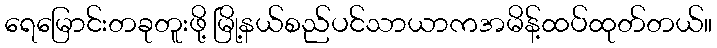
ရေမြောင်းတခုတူးဖို့ မြို့နယ်စည်ပင်သာယာကအမိန့်ထပ်ထုတ်တယ်။